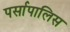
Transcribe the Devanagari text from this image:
पर्सापालिस